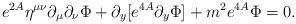
LaTeX: \begin{align*}e^{2A}\eta^{\mu\nu}\partial_{\mu}\partial_{\nu}\Phi+\partial_y[e^{4A}\partial_y\Phi]+m^2e^{4A}\Phi=0.\end{align*}